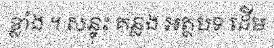
ខ្លាំង ។ សន្ទុះ គន្លង អត្ថបទ ដើម